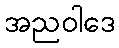
အညဝါဒေ